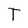
Character: T